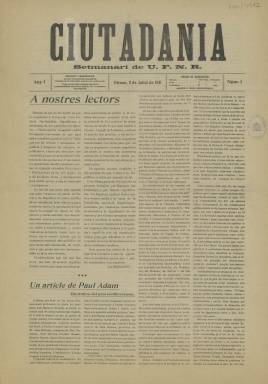
Título: Ciutadania (Unió Federal Nacionalista Republicana)
Colección: Periódicos
Ámbito geográfico: Gerona
Lugar de publicación: Girona
Fechas: 02/07/1907-16/07/1911